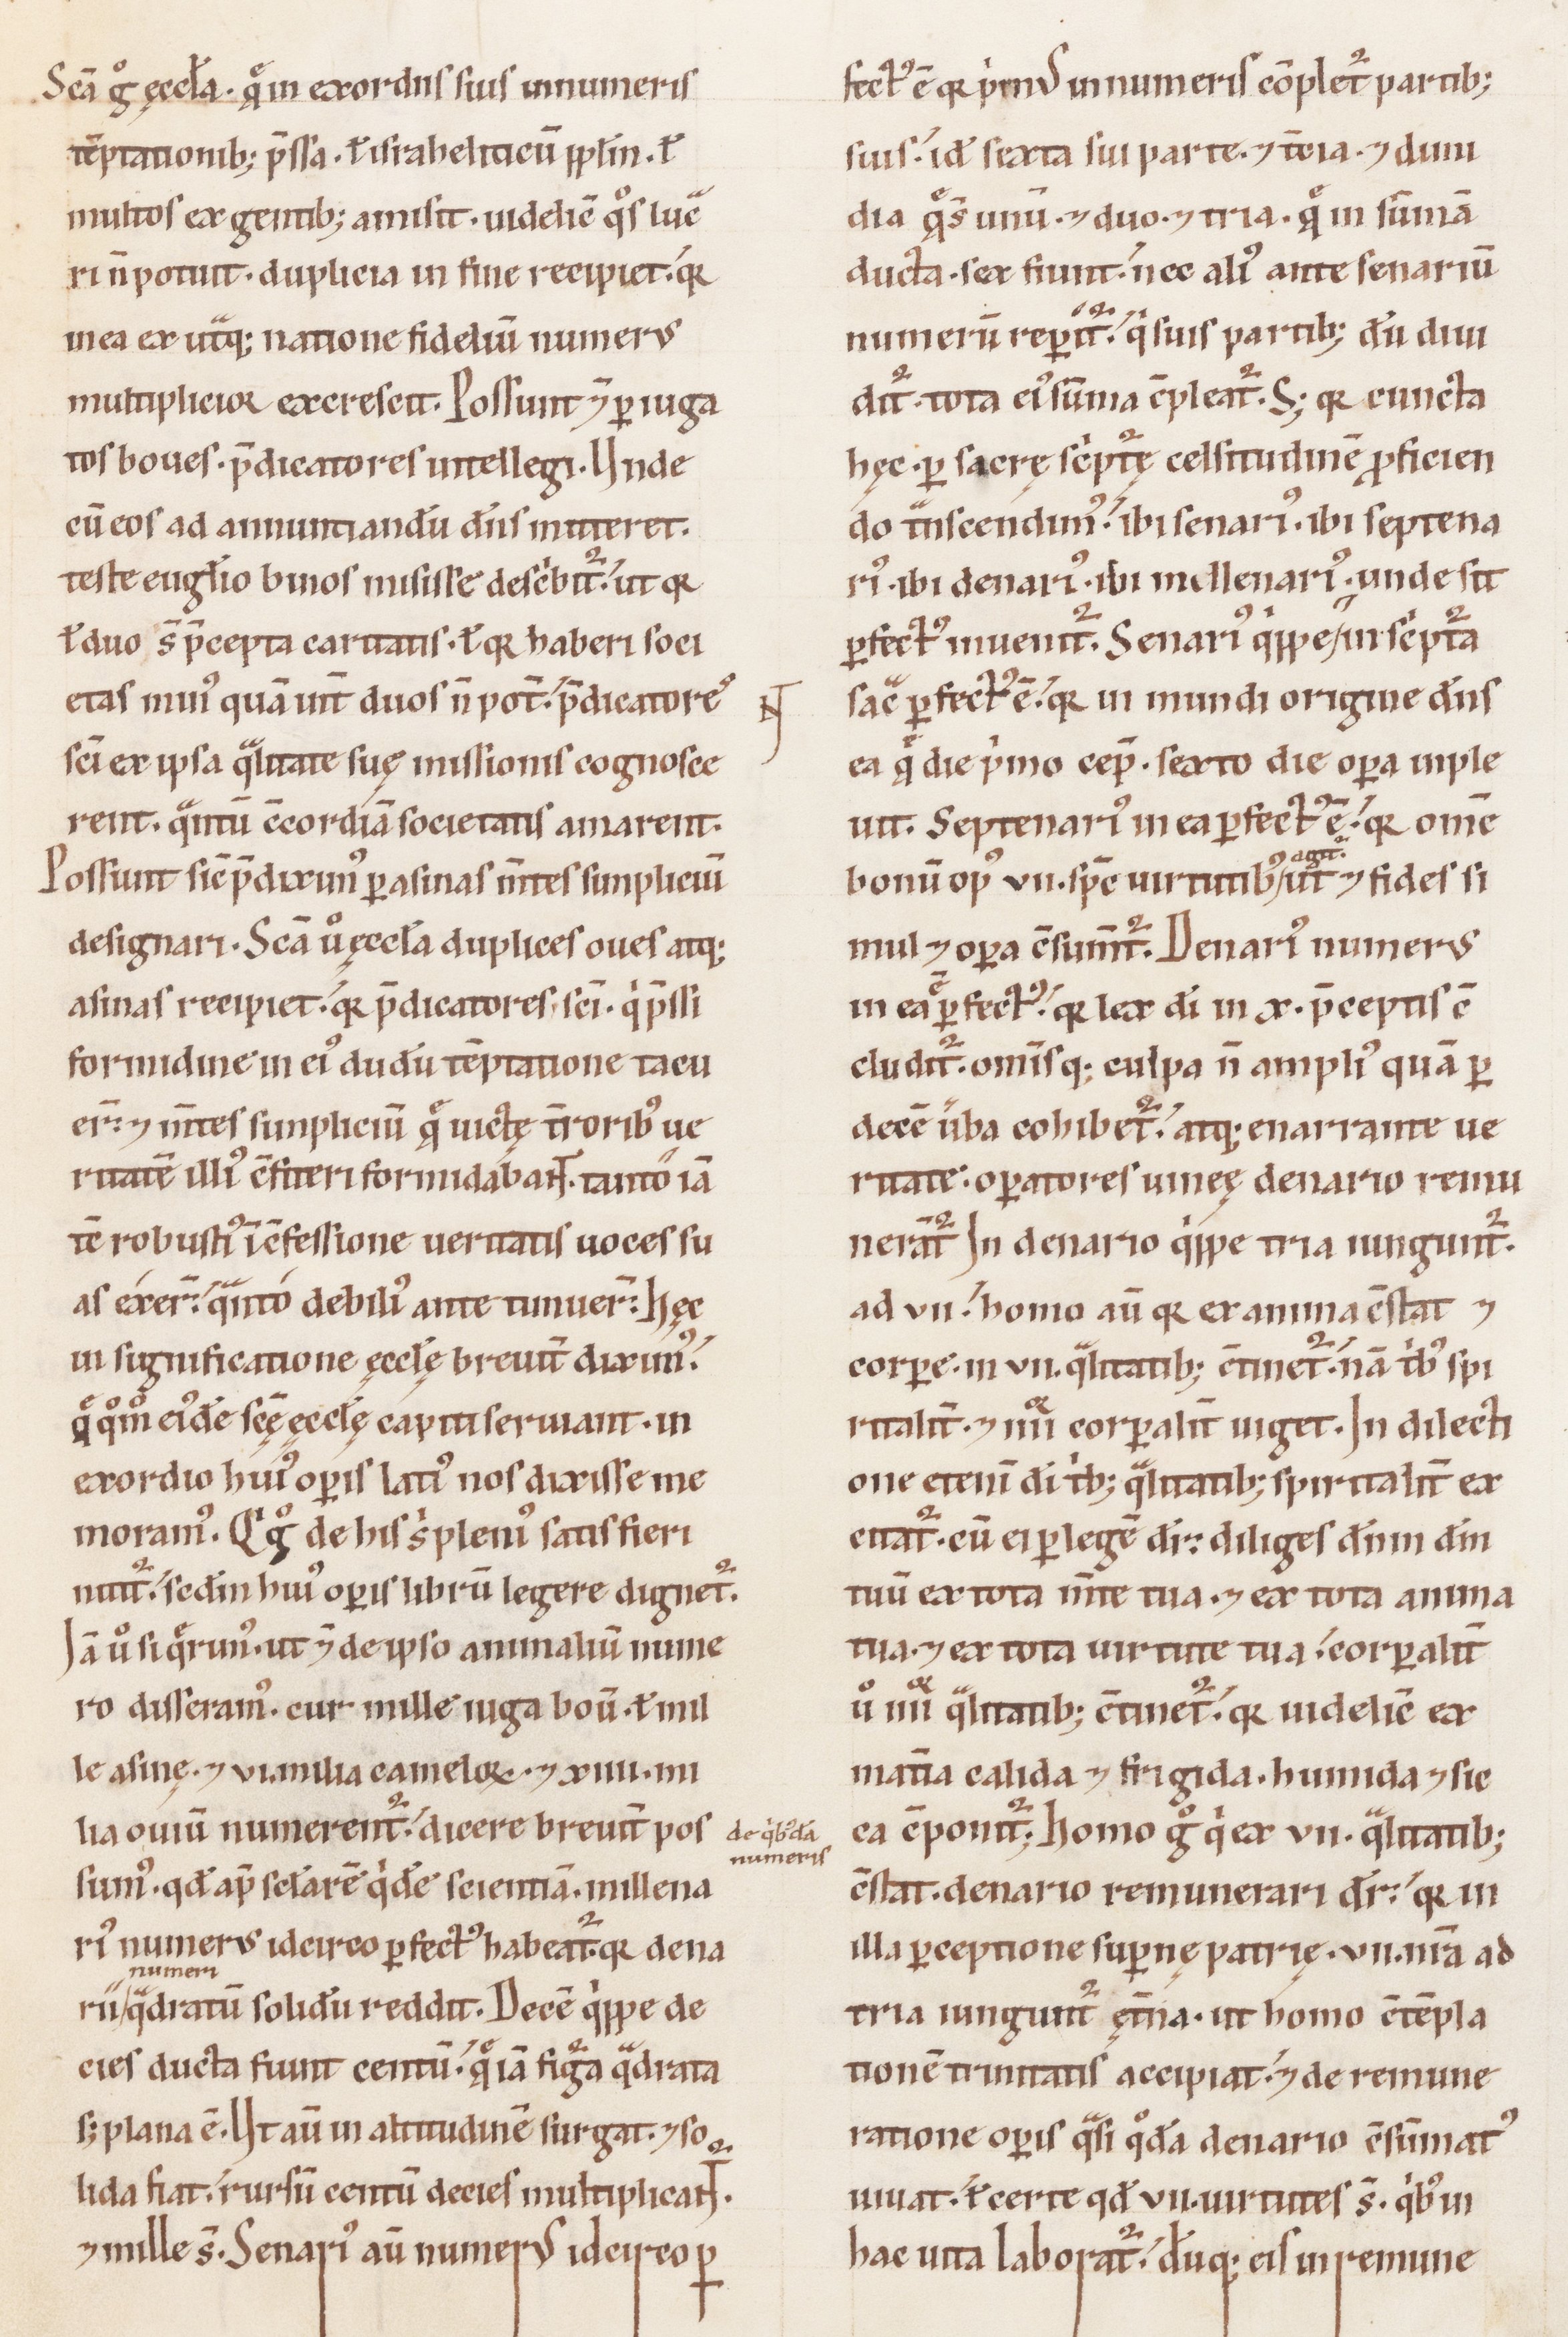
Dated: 1100–1199